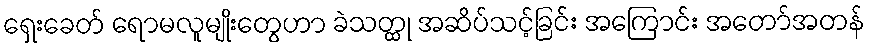
ရှေးခေတ် ရောမလူမျိုးတွေဟာ ခဲသတ္ထု အဆိပ်သင့်ခြင်း အကြောင်း အတော်အတန်